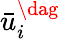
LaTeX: \bar{u}_{i}^{\dag}